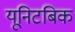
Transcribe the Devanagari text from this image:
यूनिटबिक